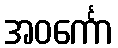
အဝင်္ကော